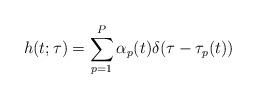
LaTeX: \begin{align*} h(t;\tau)=\sum_{p=1}^{P}\alpha_{p}(t)\delta(\tau-\tau_p(t))\end{align*}